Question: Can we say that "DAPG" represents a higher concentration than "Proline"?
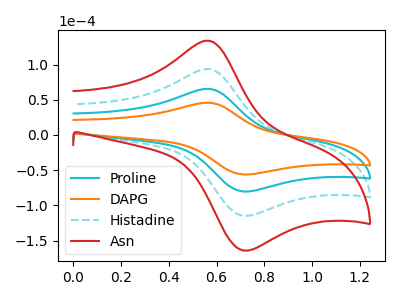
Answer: <think>The cyan curve "Proline" has an anodic peak at (0.55V, 65.50uA) and a cathodic peak at (0.70V, -80.10uA). The orange curve "DAPG" has an anodic peak at (0.55V, 45.80uA) and a cathodic peak at (0.70V, -56.00uA). The cyan dashed curve "Histadine" has an anodic peak at (0.55V, 131.00uA) and a cathodic peak at (0.70V, -160.20uA). The red curve "Asn" has an anodic peak at (0.55V, 196.50uA) and a cathodic peak at (0.70V, -240.30uA).
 All the peaks in "DAPG" have a peak in "Proline" at the same potential. Every peak in "DAPG" is lower than every peak in "Proline".</think>
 <answer>"DAPG" has less signal than "Proline" and so likely has a lower concentration.</answer>
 <eval>less_concentration</eval>